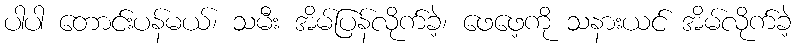
ပါပါ တောင်းပန်မယ်၊ သမီး အိမ်ပြန်လိုက်ခဲ့၊ ဖေဖေ့ကို သနားယင် အိမ်လိုက်ခဲ့